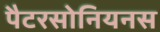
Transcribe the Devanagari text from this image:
पैटरसोनियनस